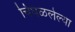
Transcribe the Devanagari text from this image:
चिघळलेल्या